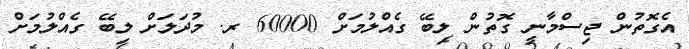
އެގޮތުން ޖިސްމާނީ ގޮތުން ލިބޭ ގެއްލުމަށް 60000 ރ. މުދަލަށް ލިބޭ ގެއްލުމަށް